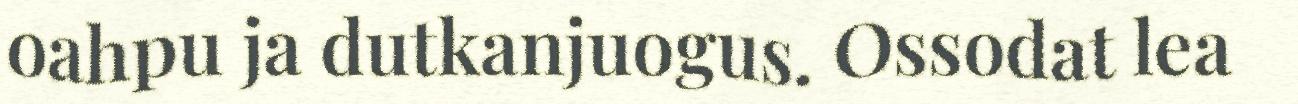
oahpu ja dutkanjuogus. Ossodat lea